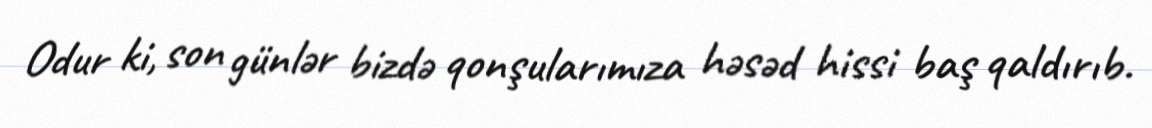
Odur ki, son günlər bizdə qonşularımıza həsəd hissi baş qaldırıb.